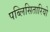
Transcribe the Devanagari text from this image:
पब्लिसितारियो